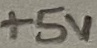
Text: +5V